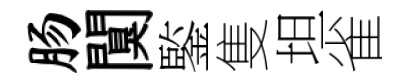
肠闃鍳隻坦雀